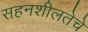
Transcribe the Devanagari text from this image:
सहनशीलतेचे